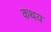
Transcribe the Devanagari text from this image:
कथय